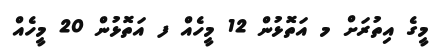
މީގެ އިތުރަށް މ އަތޮޅުން 12 މީހެއް ފ އަތޮޅުން 20 މީހެއް